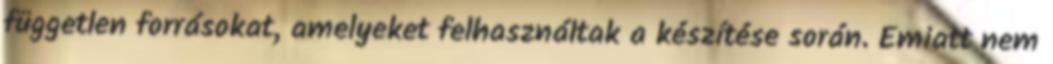
független forrásokat, amelyeket felhasználtak a készítése során. Emiatt nem